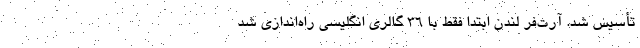
تأسیس شد. آرت‌فر لندن ابتدا فقط با ۳۶ گالری انگلیسی راه‌اندازی شد